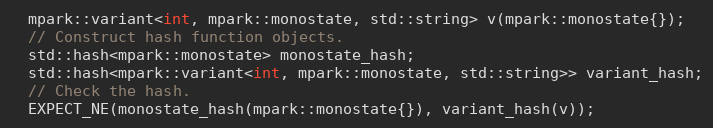
Language: C++
  mpark::variant<int, mpark::monostate, std::string> v(mpark::monostate{});
  // Construct hash function objects.
  std::hash<mpark::monostate> monostate_hash;
  std::hash<mpark::variant<int, mpark::monostate, std::string>> variant_hash;
  // Check the hash.
  EXPECT_NE(monostate_hash(mpark::monostate{}), variant_hash(v));